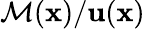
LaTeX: \mathcal{M}(\mathbf{x})/\mathbf{u}(\mathbf{x})